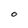
Character: O